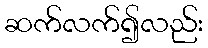
ဆက်လက်၍လည်း